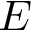
E